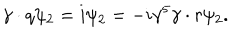
LaTeX: \gamma \cdot q \psi _ { 2 } = i \psi _ { 2 } = - i \gamma ^ { 5 } \gamma \cdot r \psi _ { 2 } .